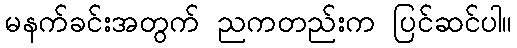
မနက်ခင်းအတွက် ညကတည်းက ပြင်ဆင်ပါ။